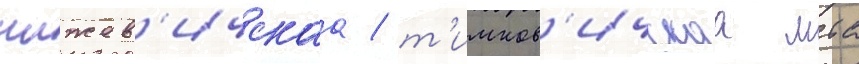
чижев'ичскаа / т'имков'ичскаа мтс